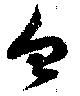
血